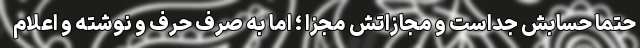
حتماً حسابش جداست و مجازاتش مجزا ؛ اما به صرف حرف و نوشته و اعلام